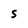
Character: S